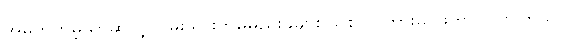
အမှတ်တမဲ့သာဆိုလျှင် မိုးသားတိမ်မည်းခဲများ သစ်ပင်ကြားမှ ဖြတ်ဝင်လာကြသလို